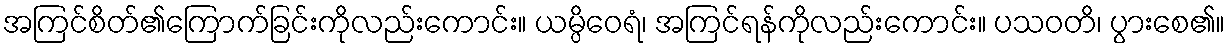
အကြင်စိတ်၏ကြောက်ခြင်းကိုလည်းကောင်း။ ယမ္ပိဝေရံ၊ အကြင်ရန်ကိုလည်းကောင်း။ ပသဝတိ၊ ပွားစေ၏။